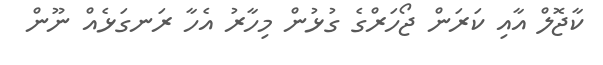
ކާޖޮލް އާއި ކަރަން ޖޯހަރްގެ ގުޅުން މިހާރު އެހާ ރަނގަޅެއް ނޫން